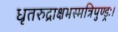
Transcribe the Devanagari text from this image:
धृतरुद्राक्षभस्मत्रिपुण्ड्रः।